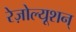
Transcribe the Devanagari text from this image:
रेज़ोल्यूशन्